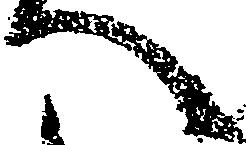
へ